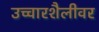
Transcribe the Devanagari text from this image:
उच्चारशैलीवर